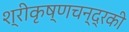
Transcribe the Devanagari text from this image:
श्रीकृष्णचन्द्रकी